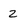
Character: 2